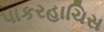
પાકરહાચિસ